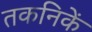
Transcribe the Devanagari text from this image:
तकनिकें